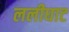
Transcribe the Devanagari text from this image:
ललीघाट